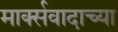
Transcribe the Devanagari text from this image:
मार्क्सवादाच्या